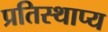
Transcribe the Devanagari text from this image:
प्रतिस्थाप्य